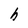
Character: h